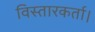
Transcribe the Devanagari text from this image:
विस्तारकर्ता।